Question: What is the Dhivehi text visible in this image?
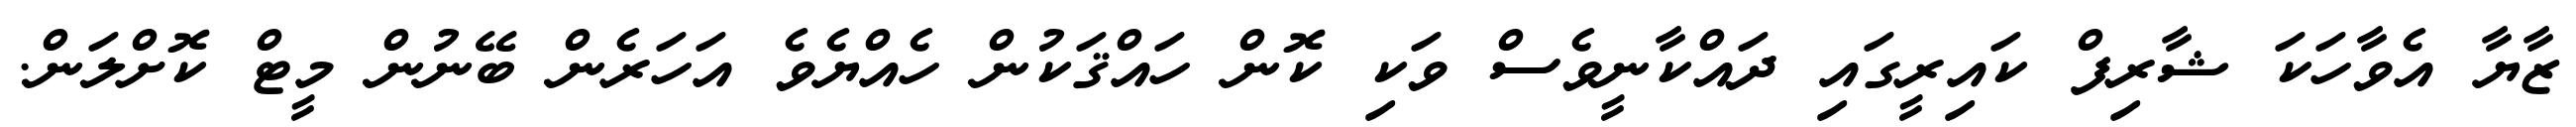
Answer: ޒާޔާ އެވާހަކަ ޝާރިފް ކައިރީގައި ދައްކާނީވެސް ވަކި ކޮން ހައްޤަކުން ހެއްޔެވެ އަހަރެން ބޭނުން މީޓް ކޮށްލަން.